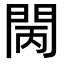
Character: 𨳵